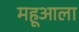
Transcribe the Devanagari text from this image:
महूआला